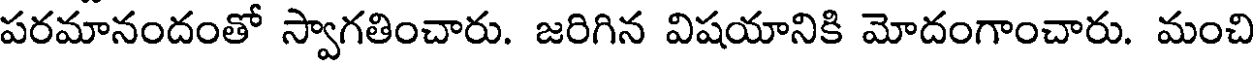
పరమానందంతో స్వాగతించారు. జరిగిన విషయానికి మోదంగాంచారు. మంచి